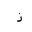
Letter: _zay